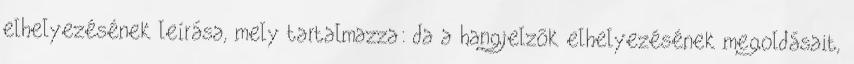
elhelyezésének leírása, mely tartalmazza: da a hangjelzõk elhelyezésének megoldásait,